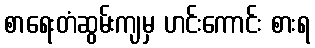
စာရေးတံဆွမ်းကျမှ ဟင်းကောင်း စားရ